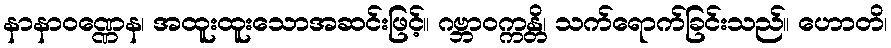
နာနာဝဏ္ဏေန၊ အထူးထူးသောအဆင်းဖြင့်။ ဂဗ္ဘာဝက္ကန္တိ၊ သက်ရောက်ခြင်းသည်။ ဟောတိ၊